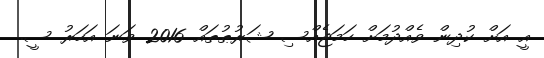
އީ އަށް ކުދިން ވެއްދުމަށް ހަމަޖެއްސި ޝަރުޠުތައް 2016 ވަނަ އަހަރު ސީ.